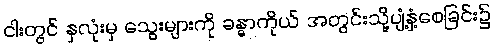
ငါးတွင် နှလုံးမှ သွေးများကို ခန္ဓာကိုယ် အတွင်းသို့ပျံ့နှံ့စေခြင်း၌